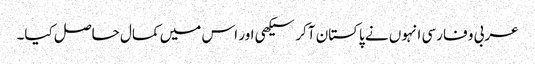
عربی و فارسی انہوں نے پاکستان آکر سیکھی اور اس میں کمال حاصل کیا۔